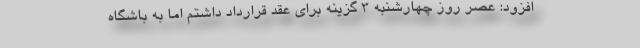
افزود: عصر روز چهارشنبه 3 گزینه برای عقد قرارداد داشتم اما به باشگاه